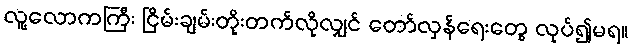
လူ့လောကကြီး ငြိမ်းချမ်းတိုးတက်လိုလျှင် တော်လှန်ရေးတွေ လုပ်၍မရ။